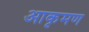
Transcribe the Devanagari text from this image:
आकृमण